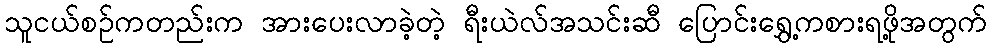
သူငယ်စဉ်ကတည်းက အားပေးလာခဲ့တဲ့ ရီးယဲလ်အသင်းဆီ ပြောင်းရွှေ့ကစားရဖို့အတွက်